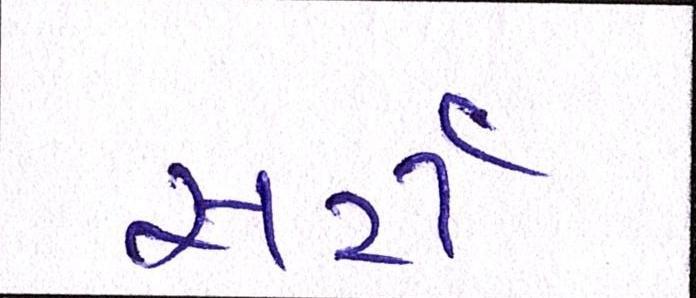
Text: સર્ટી